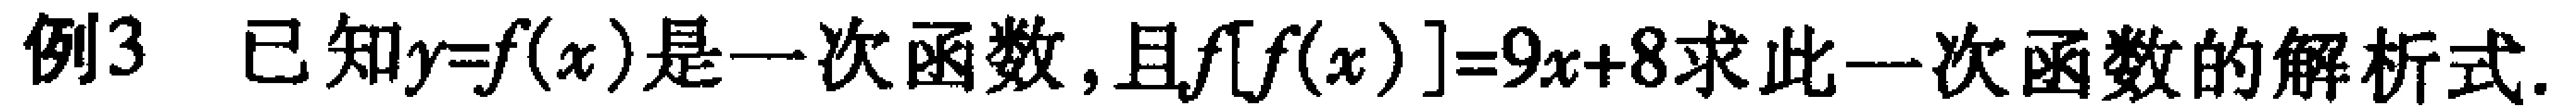
例3 已知$y = f(x)$是一次函数，且$f[f(x)] = 9x + 8$求此一次函数的解析式.